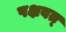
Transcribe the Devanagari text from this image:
पक्षवत्